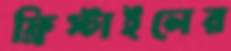
ফ্রিস্টাইলের